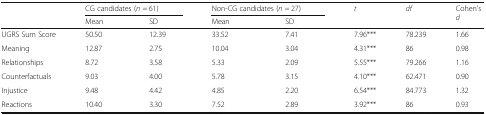
<table><thead><tr><td rowspan="2"></td><td colspan="2"><b>CG candidates (<i>n</i> = 61)</b></td><td colspan="2"><b>Non-CG candidates (<i>n</i> = 27)</b></td><td rowspan="2"><b><i>t</i></b></td><td rowspan="2"><b><i>df</i></b></td><td rowspan="2"><b>Cohen’s <i>d</i></b></td></tr><tr><td><b>Mean</b></td><td><b>SD</b></td><td><b>Mean</b></td><td><b>SD</b></td></tr></thead><tbody><tr><td>UGRS Sum Score</td><td>50.50</td><td>12.39</td><td>33.52</td><td>7.41</td><td>7.96***</td><td>78.239</td><td>1.66</td></tr><tr><td>Meaning</td><td>12.87</td><td>2.75</td><td>10.04</td><td>3.04</td><td>4.31***</td><td>86</td><td>0.98</td></tr><tr><td>Relationships</td><td>8.72</td><td>3.58</td><td>5.33</td><td>2.09</td><td>5.55***</td><td>79.266</td><td>1.16</td></tr><tr><td>Counterfactuals</td><td>9.03</td><td>4.00</td><td>5.78</td><td>3.15</td><td>4.10***</td><td>62.471</td><td>0.90</td></tr><tr><td>Injustice</td><td>9.48</td><td>4.42</td><td>4.85</td><td>2.20</td><td>6.54***</td><td>84.773</td><td>1.32</td></tr><tr><td>Reactions</td><td>10.40</td><td>3.30</td><td>7.52</td><td>2.89</td><td>3.92***</td><td>86</td><td>0.93</td></tr></tbody></table>